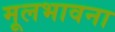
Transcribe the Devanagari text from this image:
मूलभावना